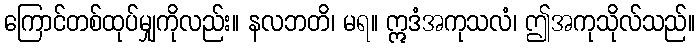
ကြောင်တစ်ထုပ်မျှကိုလည်း။ နလဘတိ၊ မရ။ ဣဒံအကုသလံ၊ ဤအကုသိုလ်သည်။